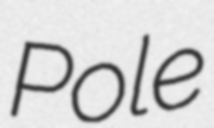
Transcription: Pole